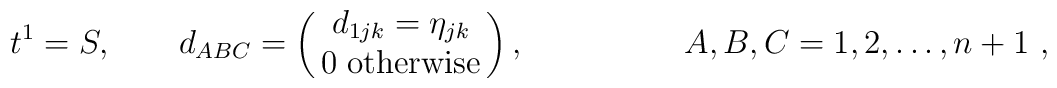
t^1=S, \qquad d_{ABC}= \left (\matrix{d_{1jk}= \eta_{jk} \cr0 \; \rm{otherwise} \cr}\right ) , \hskip 2 cm A,B,C = 1,2, \dots , n+1 \ ,